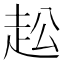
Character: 𧺭